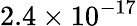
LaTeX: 2.4\times 10^{-17}